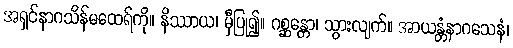
အရှင်နာဂသိန်မထေရ်ကို။ နိဿာယ၊ မှီပြု၍။ ဂစ္ဆန္တော၊ သွားလျက်။ အာယန္တံနာဂသေနံ၊